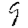
Digit: 9